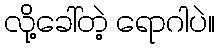
လို့ခေါ်တဲ့ ရောဂါပဲ။